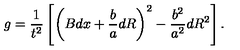
g = { \frac { 1 } { t ^ { 2 } } } \left[ \left( B d x + { \frac { b } { a } } d R \right) ^ { 2 } - { \frac { b ^ { 2 } } { a ^ { 2 } } } d R ^ { 2 } \right] .